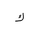
Letter: _kaf